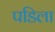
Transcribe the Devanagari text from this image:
पडिला